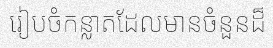
រៀបចំកន្លាតដែលមានចំនួនដ៏